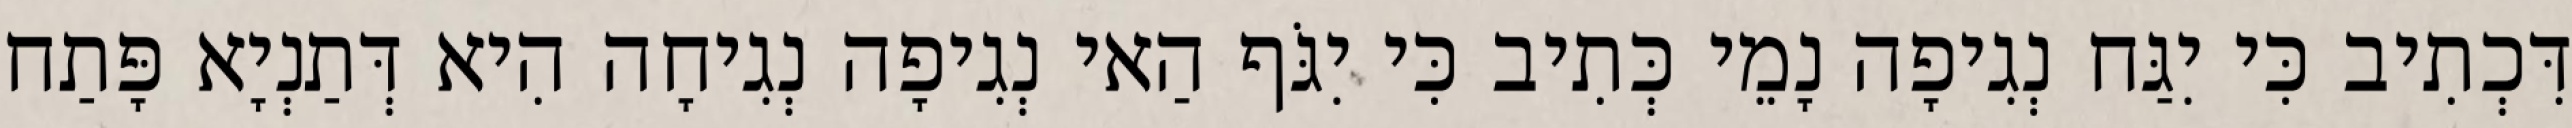
דִּכְתִיב כִּי יִגַּח נְגִיפָה נָמֵי כְּתִיב כִּי יִגֹּף הַאי נְגִיפָה נְגִיחָה הִיא דְּתַנְיָא פָּתַח